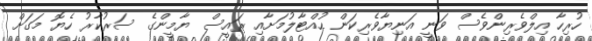
ހުރިހާ އިލްވެރިންވެސް ވަނީ އަނިޔާވެރިކަން ހުއްޓާލުމަށާއި ރައީސް ޔާމީންގެ ސަރުކާރު ހެޔޮ މަގަށް